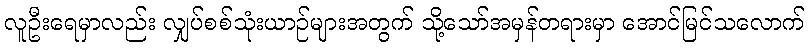
လူဦးရေမှာလည်း လျှပ်စစ်သုံးယာဉ်များအတွက် သို့သော်အမှန်တရားမှာ အောင်မြင်သလောက်